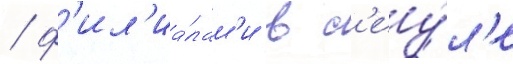
/ ф'ил'иа́лам'и в с'еу́л'е